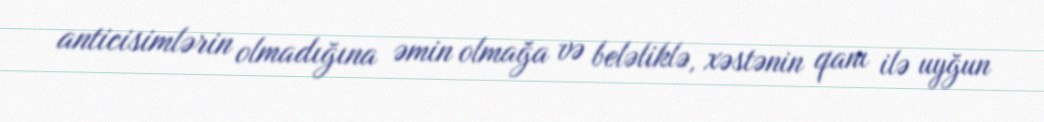
anticisimlərin olmadığına əmin olmağa və beləliklə, xəstənin qanı ilə uyğun